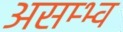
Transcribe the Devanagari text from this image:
असम्भ्व